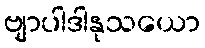
ဗျာပါဒါနုသယော